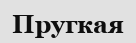
Пругкая